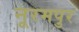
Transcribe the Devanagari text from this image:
नूरमपुर